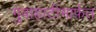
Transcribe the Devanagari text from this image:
गुवाहाटीमार्फत